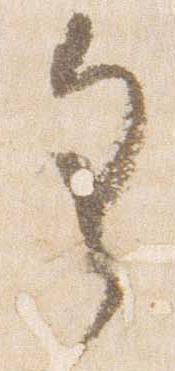
具